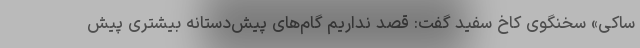
ساکی» سخنگوی کاخ سفید گفت: قصد نداریم گام‌های پیش‌دستانه بیشتری پیش